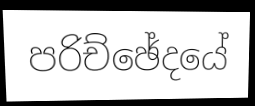
පරිච්ඡේදයේ